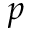
p